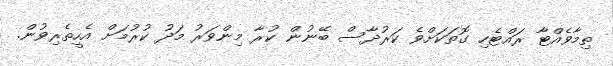
ތިމާވެއްޓާ ރައްޓެހި ގޮތަކަށްވެ ކަރުދާސް ބޭނުން ކުރާ މިންވަރު މަދު ކުރުމަށް އެހީތެރިވުން.